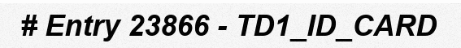
# Entry 23866 - TD1_ID_CARD